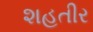
શહતીર